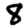
Digit: 8